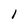
Character: 1